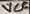
Text: VCF